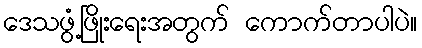
ဒေသဖွံ့ဖြိုးရေးအတွက် ကောက်တာပါပဲ။